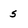
Character: 5